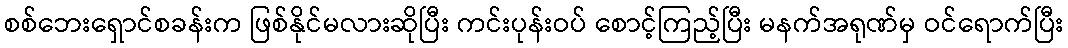
စစ်ဘေးရှောင်စခန်းက ဖြစ်နိုင်မလားဆိုပြီး ကင်းပုန်းဝပ် စောင့်ကြည့်ပြီး မနက်အရုဏ်မှ ဝင်ရောက်ပြီး